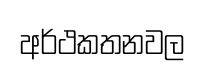
අර්ථකතනවල